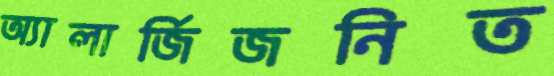
অ্যালার্জিজনিত